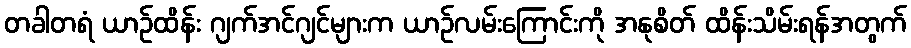
တခါတရံ ယာဉ်ထိန်း ဂျက်အင်ဂျင်များက ယာဉ်လမ်းကြောင်းကို အနုစိတ် ထိန်းသိမ်းရန်အတွက်